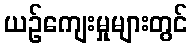
ယဉ်ကျေးမှုများတွင်